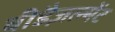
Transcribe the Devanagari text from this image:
बीडैज़ल्मेंट